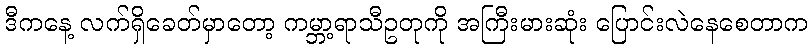
ဒီကနေ့ လက်ရှိခေတ်မှာတော့ ကမ္ဘာ့ရာသီဥတုကို အကြီးမားဆုံး ပြောင်းလဲနေစေတာက